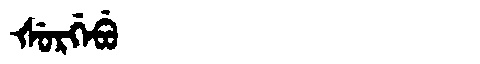
Manchu: ᡧᡠᡵᡤᡝᠪᡠ
Romanization: ŠURGEBU